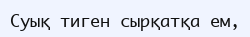
Суық тиген сырқатқа ем,